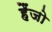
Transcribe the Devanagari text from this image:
हैंजो